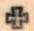
+